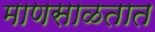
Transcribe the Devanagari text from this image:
माणसाळतात